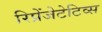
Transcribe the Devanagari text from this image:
रिप्रेंजेटेटिव्स